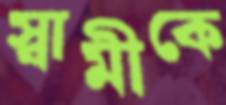
স্বামীকে